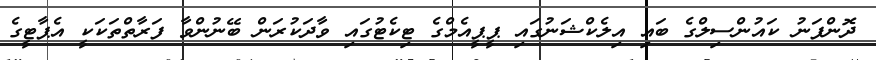
ދޮންފަނު ކައުންސިލްގެ ބައި އިލެކްޝަނުގައި ޕީޕީއެމްގެ ޓިކެޓުގައި ވާދަކުރަން ބޭނުންވާ ފަރާތްތަކަކީ އެޕާޓީގެ